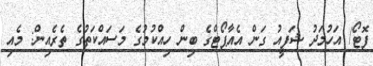
ފޮޓޯ/ އަހުމަދު ޝަފީއު ގަން އެއާޕޯޓްގެ ބިން ހިއްކުމުގެ މަސައްކަތުގެ ތެރެއިން: މެއި